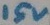
Text: 15v